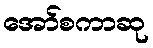
အော်စကာဆု